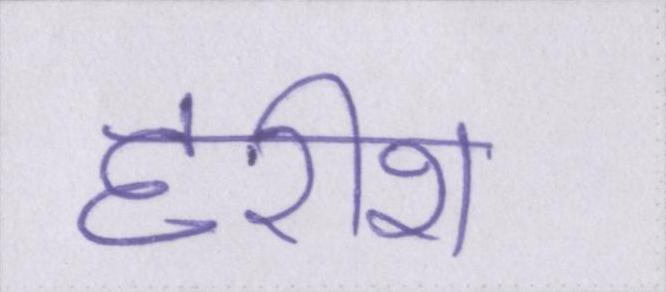
हरीश